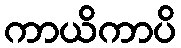
ကာယိကာပိ